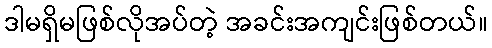
ဒါမရှိမဖြစ်လိုအပ်တဲ့ အခင်းအကျင်းဖြစ်တယ်။